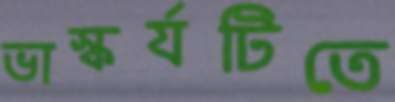
ভাস্কর্যটিতে